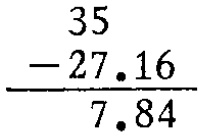
$$\begin{array}{r}35 \\ - 27.16\\ \hline7.84\end{array}$$